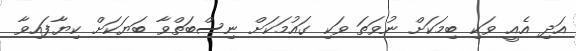
އަދި އެއީ ވަކި ބިމަކަށް ނުވަތަ ވަކި ގައުމަކަށް ނިސްބަތްވާ ބަޔަކަށް ކިޔާފައިވާ